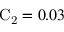
\mathrm { C _ { 2 } } = 0 . 0 3